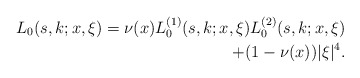
\begin{align*}L_0(s,k;x,\xi)=\nu(x)L_0^{(1)}(s,k;x,\xi)L_0^{(2)}(s,k;x,\xi)\\+(1-\nu(x))|\xi|^4.\end{align*}